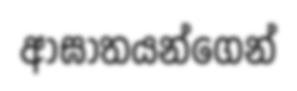
ආඝාතයන්ගෙන්